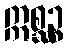
ဣစ္ဆဉ္စ